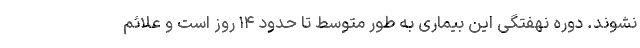
نشوند. دوره نهفتگی این بیماری به طور متوسط تا حدود ۱۴ روز است و علائم